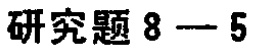
研究题 8—5